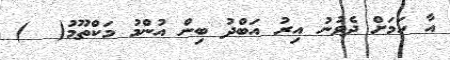
އާ ހަމަށް ދެވުނު އިރު އަބްދު ބިން އުންމު މަކްތޫމު(  )